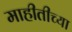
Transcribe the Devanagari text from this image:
माहीतीच्या